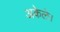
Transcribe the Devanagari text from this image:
अकेले।